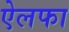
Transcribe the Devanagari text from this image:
ऐलफा